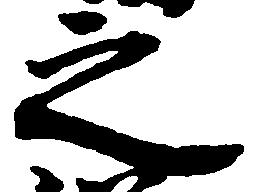
之